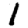
Digit: 1